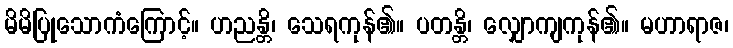
မိမိပြုသောကံကြောင့်။ ဟညန္တိ၊ သေရကုန်၏။ ပတန္တိ၊ လျှောကျကုန်၏။ မဟာရာဇ၊